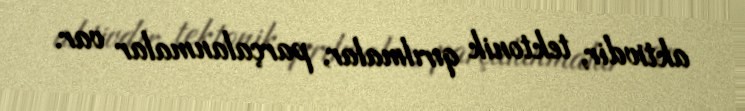
aktivdir, tektonik qırılmalar, parçalanmalar var.